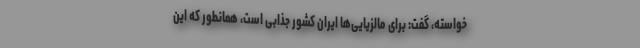
خواسته، گفت: برای مالزیایی‌ها ایران کشور جذابی است، همانطور که این